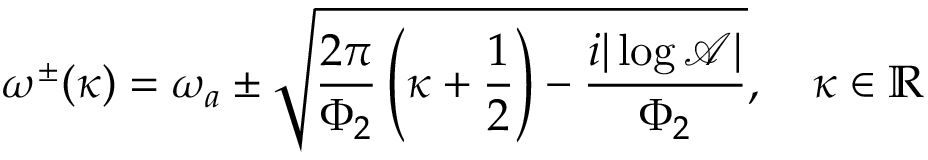
\omega ^ { \pm } ( \kappa ) = \omega _ { a } \pm \sqrt { \frac { 2 \pi } { \Phi _ { 2 } } \left( \kappa + \frac { 1 } { 2 } \right) - \frac { i | \log \mathcal { A } | } { \Phi _ { 2 } } } , \quad \kappa \in \mathbb { R }